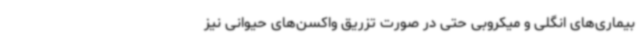
بیماری‌های انگلی و میکروبی حتی در صورت تزریق واکسن‌های حیوانی نیز